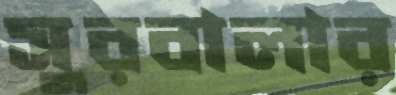
সুরবালার